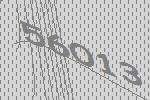
56013